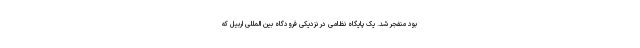
بود منفجر شد. یک پایگاه نظامی در نزدیکی فرودگاه بین المللی اربیل که